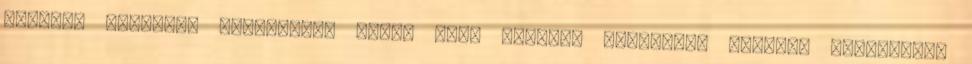
Cycling Team-hez igazoltál. Miért volt szükség váltásra? Lovassy Krisztián: